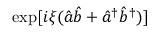
\exp [ i \xi ( \hat { a } \hat { b } + \hat { a } ^ { \dagger } \hat { b } ^ { \dagger } ) ]